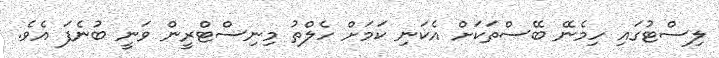
ލިސްޓުގައި ހިމެނޭ ބޭސްތަކަށް އެކަނި ކަމަށް ހެލްތު މިނިސްޓްރީން ވަނީ ބުނެފަ އެވެ.